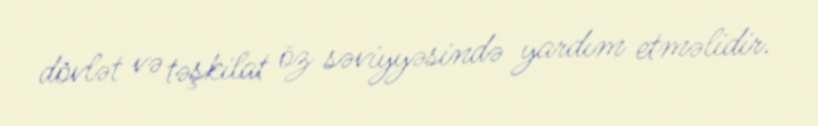
dövlət və təşkilat öz səviyyəsində yardım etməlidir.